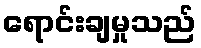
ရောင်းချမှုသည်